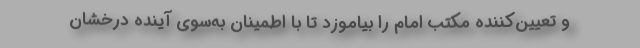
و تعیین‌کننده مکتب امام را بیاموزد تا با اطمینان به‌سوی آینده درخشان